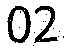
02